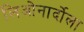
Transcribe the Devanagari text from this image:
लिओनार्दोला